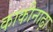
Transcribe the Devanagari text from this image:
काकीनाढ़ा